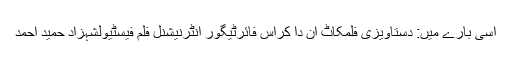
اسی بارے میں: دستاویزی فلمکاٹ اِن دا کراس فائرٹیگور انٹرنیشنل فلم فیسٹیولشہزاد حمید احمد